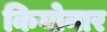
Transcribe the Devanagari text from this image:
कियोनार